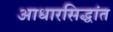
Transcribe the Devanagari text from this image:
आधारसिद्धांत